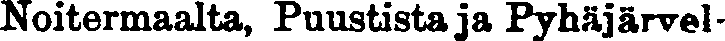
Noitermaalta, Puustista ja Pyhäjärvel-